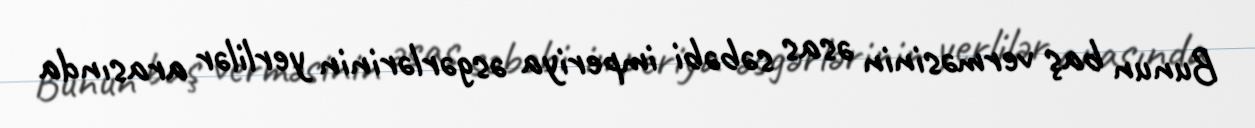
Bunun baş verməsinin əsas səbəbi imperiya əsgərlərinin yerlilər arasında